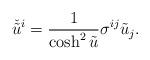
LaTeX: \begin{align*}\check{\tilde{u}}^i = \frac{1}{\cosh^2 \tilde{u}} \sigma^{ij} \tilde{u}_j.\end{align*}